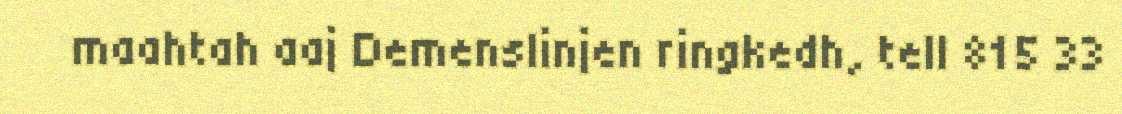
maahtah aaj Demenslinjen ringkedh, tell 815 33